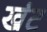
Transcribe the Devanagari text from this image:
खंट